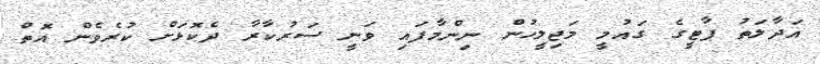
އަދާލަތު ޕާޓީގެ ގައުމީ މަޖިލީހުން ނިންމާފައި ވަނީ ސަރުކާރާ ދެކޮޅަށް ކުރެވެން އޮތް